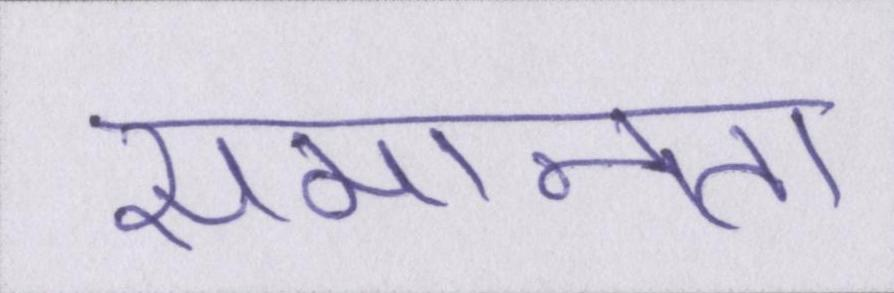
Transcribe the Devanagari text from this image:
समानता